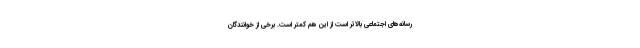
رسانه‌های اجتماعی بالاتر است از این هم کمتر است. برخی از خوانندگان